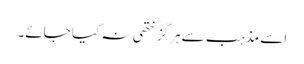
اسے مذہب سے ہرگز نتھی نہ کیا جائے۔